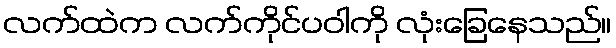
လက်ထဲက လက်ကိုင်ပဝါကို လုံးခြေနေသည်။